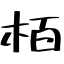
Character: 栢